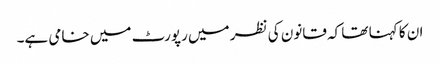
ان کا کہنا تھا کہ قانون کی نظر میں رپورٹ میں خامی ہے۔